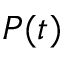
P ( t )